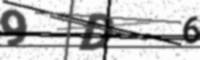
Text: 9D6